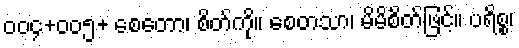
ဝဝ၄+ဝဝ၅+ စေတော၊ စိတ်ကို။ စေတသာ၊ မိမိစိတ်ဖြင့်။ ပရိစ္စ၊